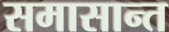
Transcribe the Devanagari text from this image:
समासान्त